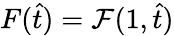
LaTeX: F(\hat{t})=\mathcal{F}(1,\hat{t})